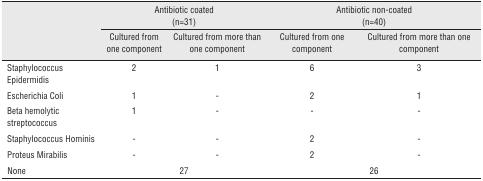
<table><thead><tr><td rowspan="2"></td><td colspan="2"><b>Antibiotic coated (n=31)</b></td><td colspan="2"><b>Antibiotic non-coated (n=40)</b></td></tr><tr><td><b>Cultured from one component</b></td><td><b>Cultured from more than one component</b></td><td><b>Cultured from one component</b></td><td><b>Cultured from more than one component</b></td></tr></thead><tbody><tr><td>Staphylococcus</td><td>2</td><td>1</td><td>6</td><td>3</td></tr><tr><td>Epidermidis</td><td></td><td></td><td></td><td></td></tr><tr><td>Escherichia Coli</td><td>1</td><td>-</td><td>2</td><td>1</td></tr><tr><td>Beta hemolytic streptococcus</td><td>1</td><td>-</td><td>-</td><td>-</td></tr><tr><td>Staphylococcus Hominis</td><td>-</td><td>-</td><td>2</td><td>-</td></tr><tr><td>Proteus Mirabilis</td><td>-</td><td>-</td><td>2</td><td>-</td></tr><tr><td>None</td><td></td><td>27</td><td></td><td>26</td></tr></tbody></table>